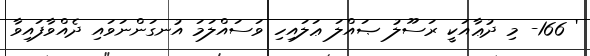
' 166- މި ދުޢާއަކީ ރަސޫލު ޞައްލަ ޢަލައިހި ވަސައްލަމަ އުނގަންނަވައި ދެއްވާފައިވާ